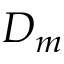
D _ { m }